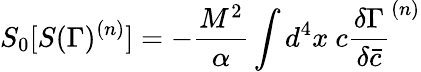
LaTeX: S_{0}[S(\Gamma)^{(n)}]=-{\frac{M^{2}}{\alpha}}\int d^{4}x~c{\frac{\delta{\Gamma}}{\delta\bar{c}}}^{(n)}